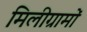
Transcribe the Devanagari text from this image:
मिलीग्रामों